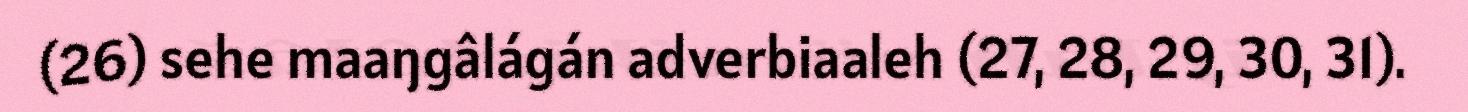
(26) sehe maaŋgâlágán adverbiaaleh (27, 28, 29, 30, 31).